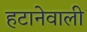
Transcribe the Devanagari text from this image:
हटानेवाली